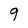
Character: g